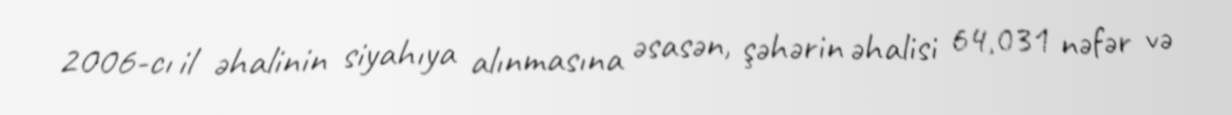
2006-cı il əhalinin siyahıya alınmasına əsasən, şəhərin əhalisi 64,031 nəfər və